Report on vaccination in Madras 1895-1903 - 1895-1903
Year: 1895
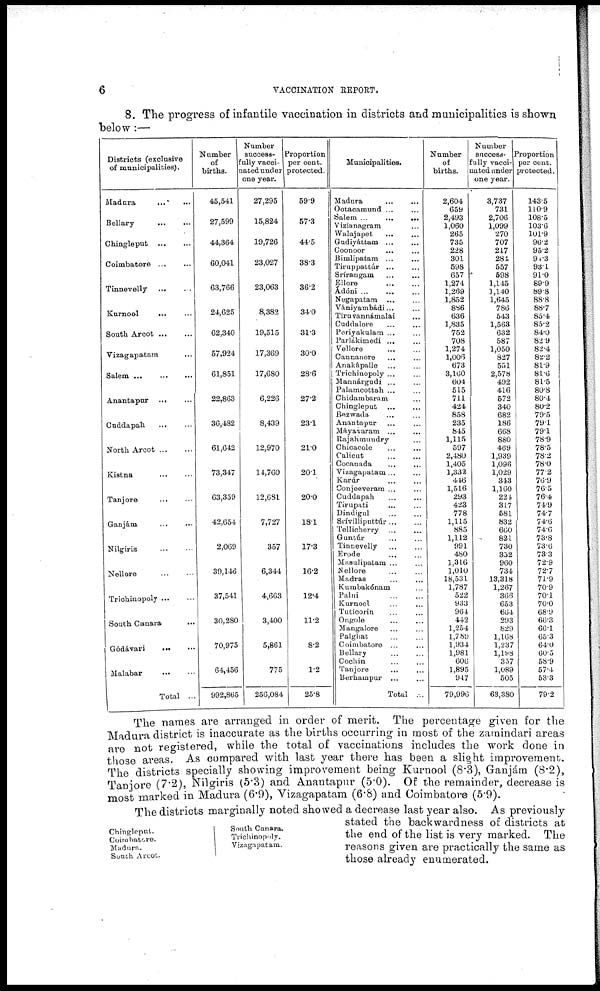
6
VACCINATION REPORT.
8. The progress of infantile vaccination in districts and municipalities is shown
below:—
Districts (exclusive
of municipalities).
Madura
...
...
Bellary
...
...
Chingleput
...
...
Coimbatore
...
...
Tinnevelly
...
...
Kurnool
...
...
South Arcot
...
...
Vizagapatam ...
Salem
...
...
...
Anantapur ... ...
Cuddapah
... ...
North Arcot
...
...
Kistna
...
...
Tanjore
...
...
Ganjám ... ...
Nilgiris
...
...
Nellore
...
...
Trichinopoly
...
...
South Canara ...
Gódávari ... ...
Malabar
... ...
Total ...
Number
of
births.
45,541
27,599
44,364
60,041
63,766
24,625
62,340
57,924
61,851
22,863
36,482
61,642
73,347
63,359
42,654
2,069
39,146
37,541
30,280
70,975
64,456
992,865
Number
success-
-ully vacci¬
nated under
one year.
27,295
15,824
19,726
23,027
23,063
8,382
19,515
17,369
17,680
6,226
8,439
12,970
14,760
12,681
7,727
357
6,344
4,663
3,400
5,861
775
256,084
Proportion
per cent.
protected.
59.9
57.3
44.5
38.3
36.2
34.0
31.3
30.0
28.6
27.2
23.1
21.0
20.1
20.0
18.1
17.3
16.2
12.4
11.2
8.2
1.2
25.8
Municipalities.
Madura ... ...
Ootacamund
...
...
Salem
...
...
...
Vizianagram ...
Walajapet
...
...
Gudiyáttam
...
...
Coonoor
...
...
Bimlipatam
...
...
Tiruppattúr
...
...
Srírangam
...
...
Ellore
...
...
Ádóni
...
...
...
Negapatam
...
...
Vániyambádi ... ...
Tiruvannámalai ...
Cuddalore
...
...
Periyakulam
...
...
Parlákimedi
...
...
Vellore
...
...
Cannanore
...
...
Anakápalle
...
...
Trichinopoly
...
...
Mannárgudi ... ...
Palamcottah ... ...
Chidambaram ...
Chingleput
...
...
Bezwada ... ...
Anantapur ... ...
Máyavaram
...
...
Rajahmundry ...
Chicacole
...
...
Calicut
...
...
Cocanada
...
...
Vizagapatam ... ...
Karúr
...
...
Conjeeveram
...
...
Cuddapah
...
...
Tirupati ... ...
Dindigul
...
...
Srívilliputtúr ... ...
Tellicherry
...
...
Guntúr ... ...
Tinnevelly ... ...
Erode
...
...
Masulipatam ... ...
Nellore ... ...
Madras
...
...
Kumbakónam ...
Palni
...
...
Kurnool
...
...
Tuticorin ... ...
Ongoie ... ...
Mangalore
...
...
Palghat
...
...
Coimbatore ... ...
Bellary ... ...
Cochin
...
...
Tanjore
... ...
Berhampur
...
...
Total ...
Number
of
births.
2,604
659
2,493
1,060
265
735
228
301
598
657
1,274
1,269
1,852
886
636
1,835
752
708
1,274
1,006
673
3,160
604
515
711
424
858
235
845
1,115
597
2,480
1,405
1,332
446
1,516
293
423
778
1,115
885
1,112
991
480
1,316
1,010
18,531
1,787
522
933
964
442
1,254
1,789
1,934
1,981
606
1,895
947
79,996
Number
success¬
fully vacci-
-ated under
one year.
3,737
731
2,706
1,099
270
707
217
284
557
598
1,145
1,140
1,645
786
543
1,563
632
587
1,050
827
551
2,578
492
416
572
340
682
186
668
880
469
1,939
1,096
1,029
343
1,160
224
317
581
832
660
821
730
352
960
734
13,318
1,267
366
653
664
293
829
1,168
1,237
1,198
357
1,089
505
63,380
Proportion
per cent.
protected.
143.5
110.9
108.5
103.6
101.9
96.2
95.2
91.3
93.1
91.0
89.9
89.8
88.8
88.7
85.4
85.2
84.0
82.9
82.4
82.2
81.9
81.6
81.5
80.8
80.4
80.2
79.5
79.1
79.1
78.9
78.5
78.2
78.0
77.2
76.9
76.5
76.4
74.9
74.7
74.6
74.6
73.8
73.6
73.3
72.9
72.7
71.9
70.9
70.1
70.0
68.9
66.3
66.1
65.3
64.0
60.5
58.9
57.4
53.3
79.2
The names are arranged in order of merit. The percentage given for the
Madura district is inaccurate as the births occurring in most of the zamindari areas
are not registered, while the total of vaccinations includes the work done in
those areas. As compared with last year there has been a slight improvement.
The districts specially showing improvement being Kurnool (8.3), Ganjám (8.2)
Tanjore (7.2), Nilgiris (5.3) and Anantapur (5.0). Of the remainder, decrease is
most marked in Madura (6.9), Vizagapatam (6.8) and Coimbatore (5.9).
Chingleput.
Coimbatore.
Madura.
South Arcot.
South Canara.
Trichinopoly.
Vizagapatam.
The districts marginally noted showed a decrease last year also. As previously
stated the backwardness of districts at
the end of the list is very marked. The
reasons given are practically the same as
those already enumerated.